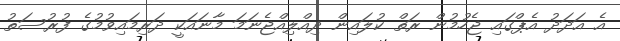
އެ އަދަދު އެޕްގައި ޖެހުމުން ރަތް ކުލައިން ދިއްލިއްޖެނަމަ މާނައަކީ ދަރިމައިވުމުގެ ފުރުސަތު